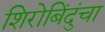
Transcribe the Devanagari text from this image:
शिरोबिंदुंचा